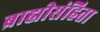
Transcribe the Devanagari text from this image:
ब्राह्मीसंहिता